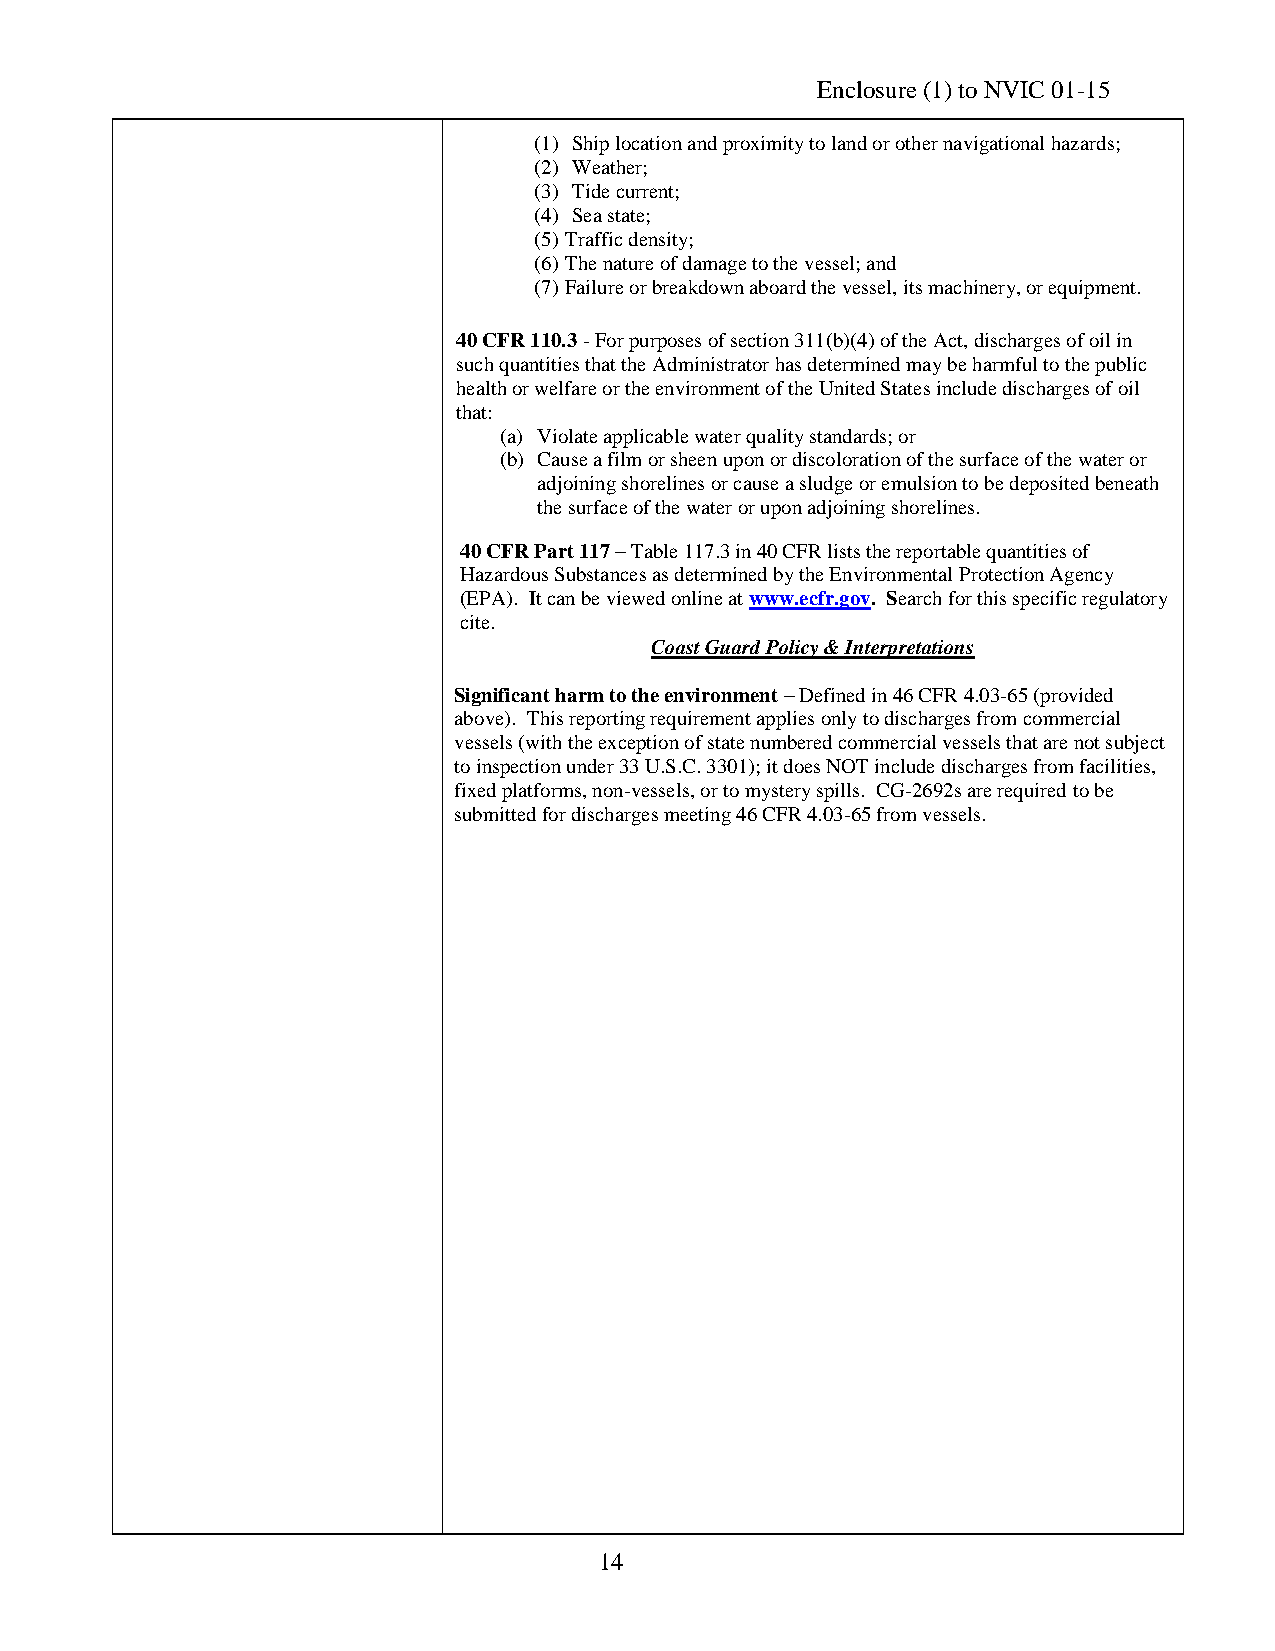
Enclosure (1) to NVIC 01-15
 (1) Ship location and proximity to land or other navigational hazards;
 (2) Weather;
 (3) Tide current;
 (4) Sea state;
 (5) Traffic density;
 (6) The nature of damage to the vessel; and
 (7) Failure or breakdown aboard the vessel, its machinery, or equipment.
 40 CFR 110.3 - For purposes of section 311(b)(4) of the Act, discharges of oil in
 such quantities that the Administrator has determined may be harmful to the public
 health or welfare or the environment of the United States include discharges of oil
 that:
 (a) Violate applicable water quality standards; or
 (b) Cause a film or sheen upon or discoloration of the surface of the water or
 adjoining shorelines or cause a sludge or emulsion to be deposited beneath
 the surface of the water or upon adjoining shorelines.
 40 CFR Part 117 – Table 117.3 in 40 CFR lists the reportable quantities of
 Hazardous Substances as determined by the Environmental Protection Agency
 (EPA). It can be viewed online at www.ecfr.gov. Search for this specific regulatory
 cite.
 Coast Guard Policy & Interpretations
 Significant harm to the environment – Defined in 46 CFR 4.03-65 (provided
 above). This reporting requirement applies only to discharges from commercial
 vessels (with the exception of state numbered commercial vessels that are not subject
 to inspection under 33 U.S.C. 3301); it does NOT include discharges from facilities,
 fixed platforms, non-vessels, or to mystery spills. CG-2692s are required to be
 submitted for discharges meeting 46 CFR 4.03-65 from vessels.
 14